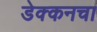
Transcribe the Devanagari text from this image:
डेक्कनचा